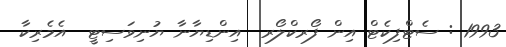
1993 : ސެޓްފިކެޓް އިން ފޯރކްލޯރ  އިންޑިޔާނާ ޔުނިވަސިޓީ  އެމެރިކާ